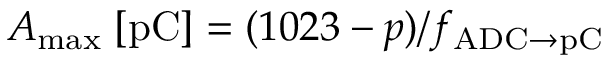
A _ { \mathrm { m a x } } \; \mathrm { [ p C ] } = ( 1 0 2 3 - p ) / f _ { \mathrm { A D C \to p C } }